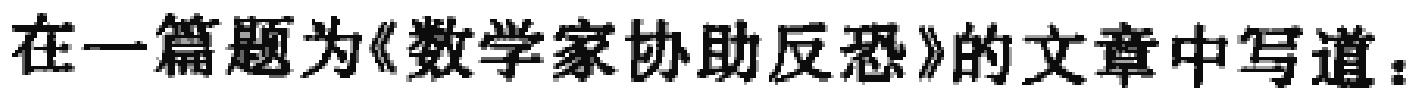
在一篇题为《数学家协助反恐》的文章中写道：